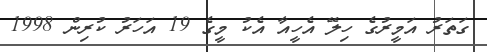
ގަތަރު އަމީރުގެ ހިލޭ އެހީއާ އެކު މީގެ 19 އަހަރު ކުރިން 1998